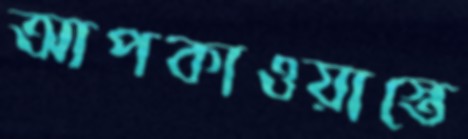
আপকাওয়াস্তে